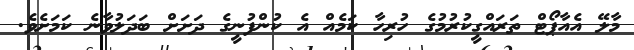
މާލޭ އެއާޕޯޓް ތަރައްގީކުރުމުގެ ހުރިހާ ކަމެއް އެ ކުންފުނީގެ ދަށަށް ބަދަލުވާނެ ކަމަށެވެ.